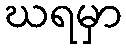
ဃရမှာ